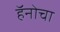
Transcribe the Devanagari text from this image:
हॅनोचा